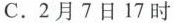
C.2月7日17时